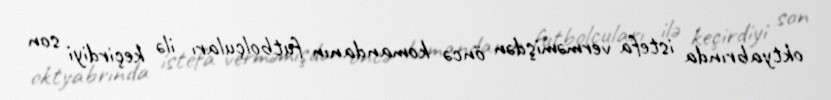
oktyabrında istefa verməmişdən öncə komandanın futbolçuları ilə keçirdiyi son